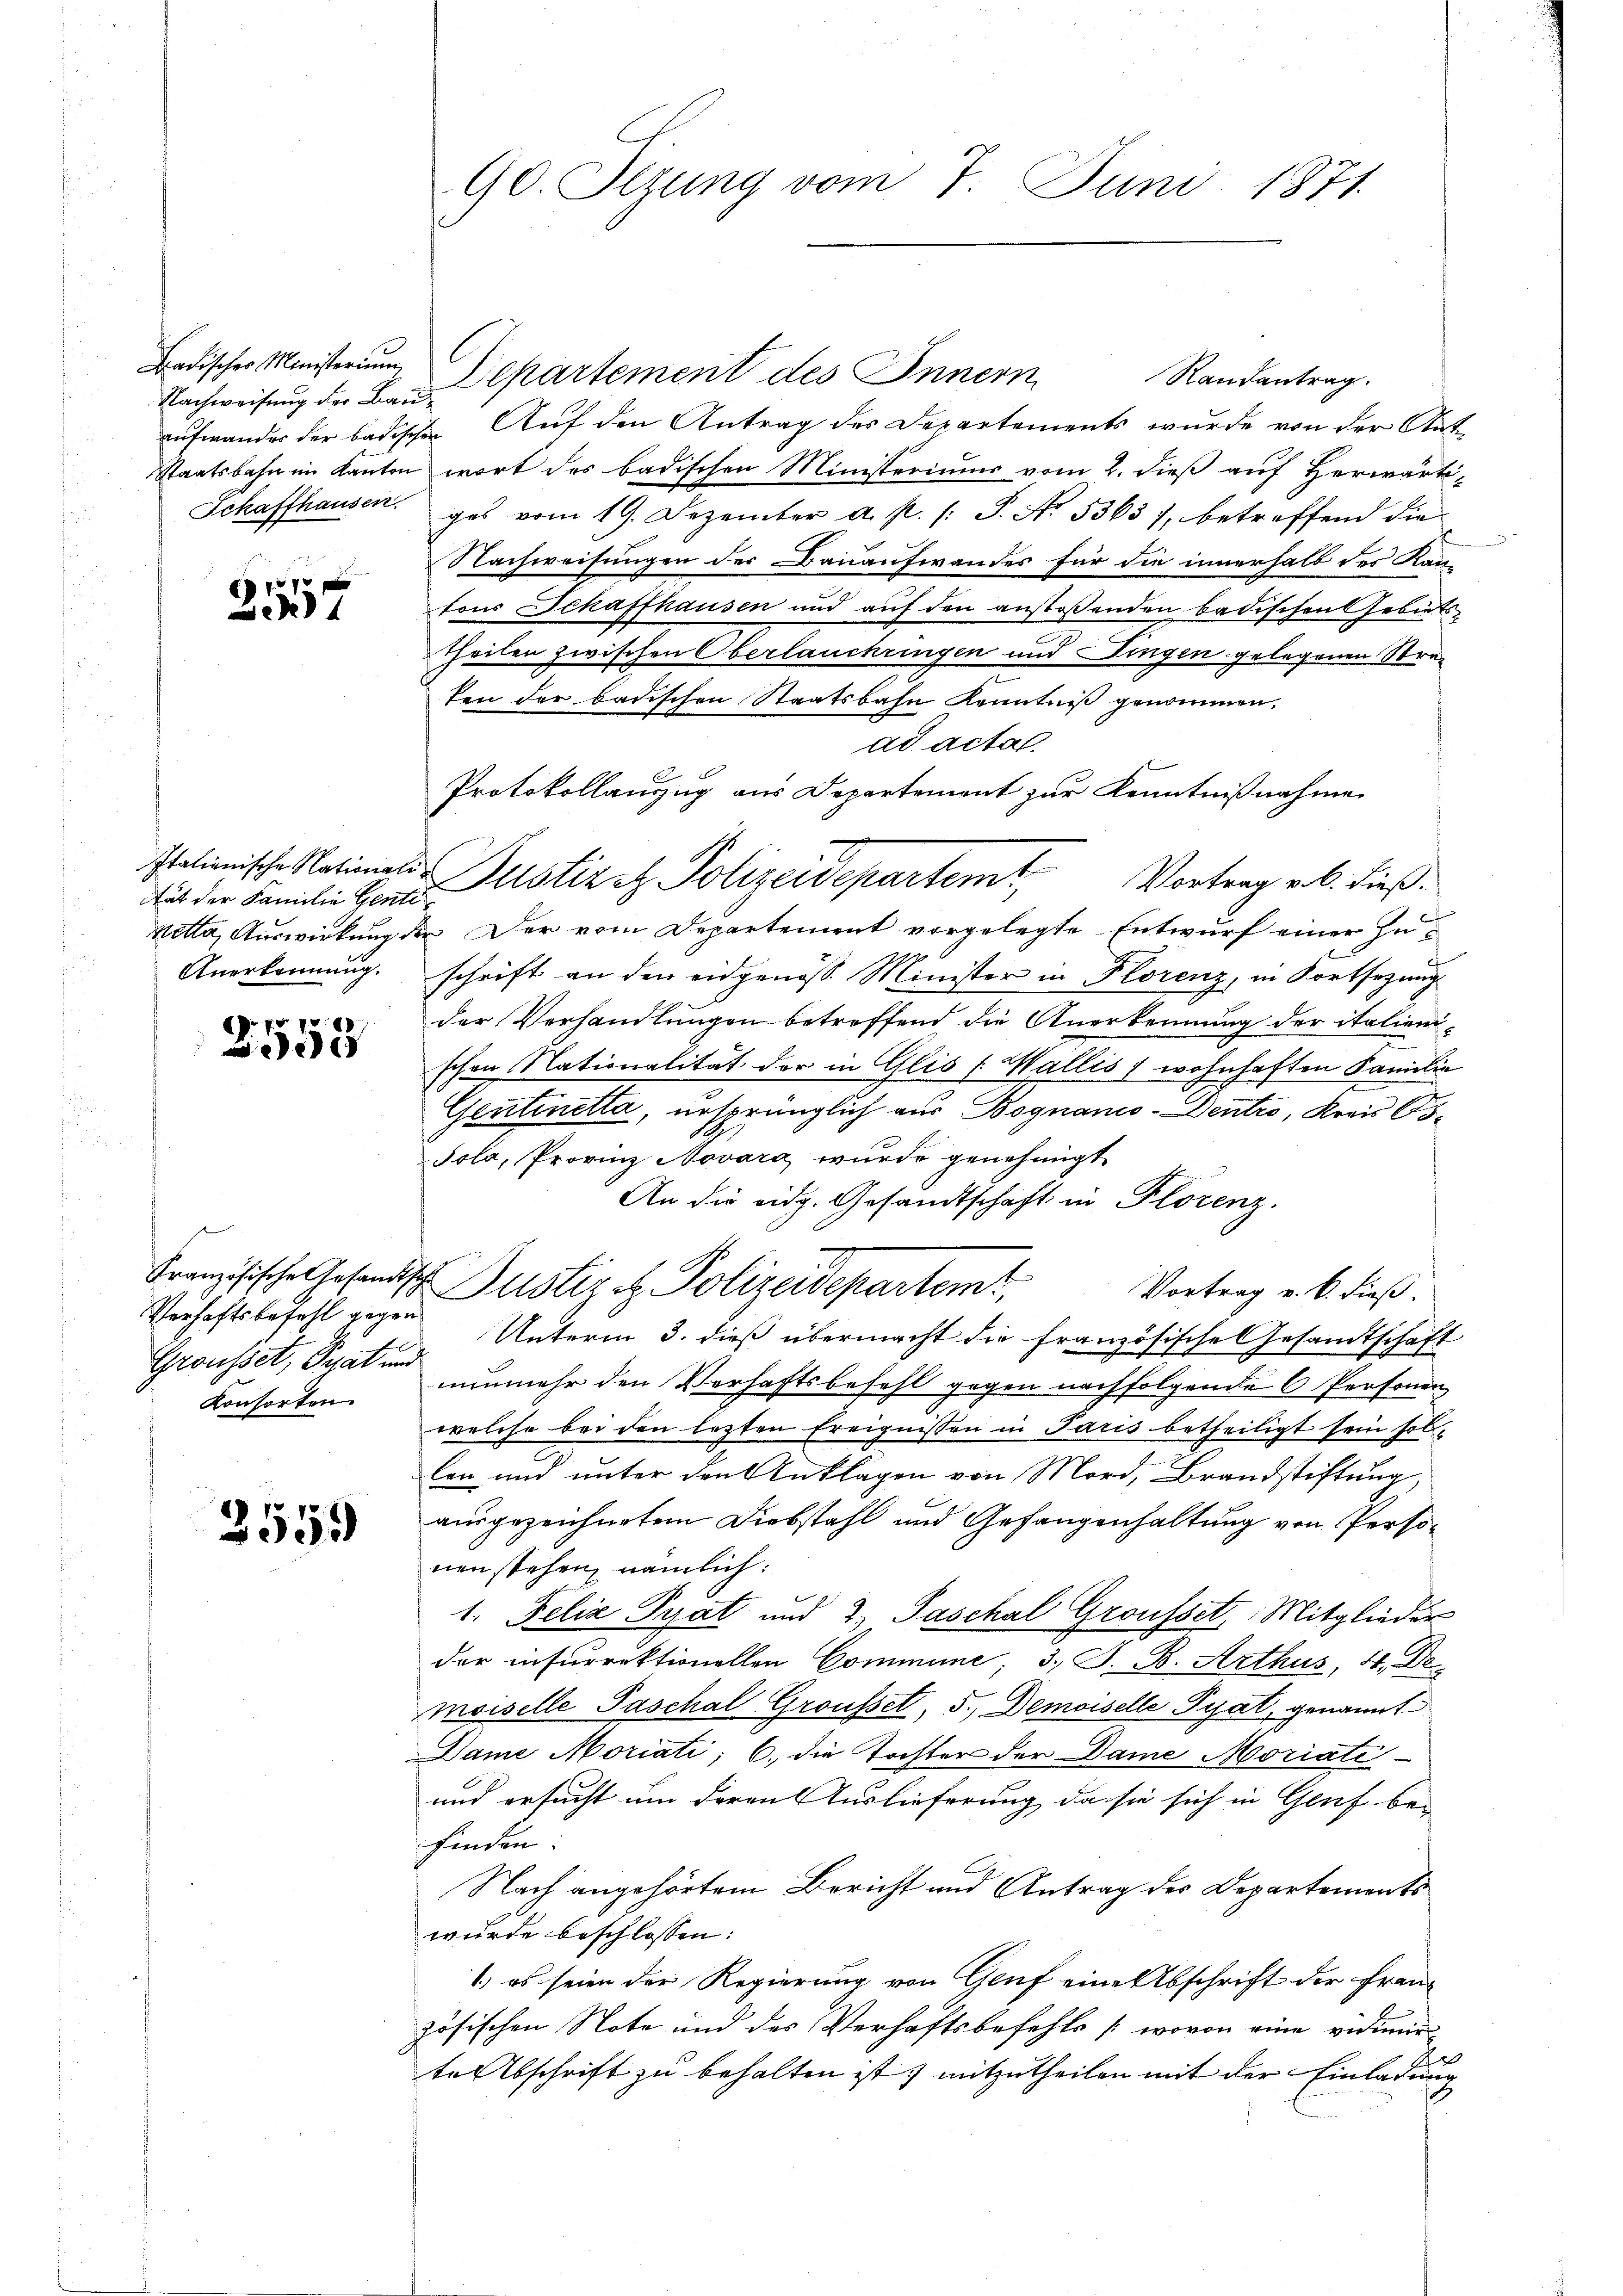
Nachweisung der Bau¬

v
231

Stät der Familie Genti

p. 701.
5

e
Verhaftsbefehl gegen
Grousset, Grat und
Konsorten

2559

90. Sezung vom 7. Juni 1871.

Badischer Ministerium Departement des Innern
Randantrag.
aufwander der badischen Auf den Antrag des Departements wurde von der Ant¬
Staatsbahn im Kanton wort des badischen Ministeriums vom 2. dieß auf Herwärti¬
Schaffhausen, ges vom 19. Dezember a. p. /: P. Nr. 53657, betreffend die
Nachweisungen der Bauaufwandes für die innerhalb des Kan-
fons Schaffhausen und auf den anstoßenden badischen Gebietstheilen zwischen Oberlauchringen und Fingen gelegenen Streten der badischen Staatsbahn Kenntniß genommen,
ad acta
Vortrag u. b. dieß.
netta, Auswirkung der Der vom Departement vorgelegte Entwurf einer Zu¬
Anerkennung. Schrift an den eidgenoss. Minister in Florenz, in Fortsezung
der Verhandlungen betreffend die Anerkennung der italien-
schen Nationalität der in Glis (Wallis 1 wohnhaften Familie
Gentinetta, ursprünglich aus Bognano-Dentro, Kreis Podola, Provinz Novara wurde genehmigt.
.
An die eidg. Gesandtschaft in Florenz.
Französische Gesandtsch Zustiz et. Polizeidepartem
Vortrag v. 6. dieß.
Unterm 3. dieß übermacht die französische Gesamtschaft
nunmehr den Verhaftsbefehl gegen nachfolgende 6 Personen
welche bei den lezten Ereignissen in Paris betheiligt sein sollen und unter den Anklagen von Mord, Brandstiftung,
ausgezeichnetem Diebstahl und Gefangenhaltung von Personenstehen, nämlich:
1. Felix Prat und 2, Paschal Groussetz, Mitglieder
der insurrektionellen Commune; 3. J. B. Arthus, 4. De
moiselle Paschal Grousset, 5. Demoiselle Pyat, genannt
Dame Moriati; 6. die Tochter der Dame Moriati-
und ersucht um deren Auslieferung, da sie sich in Genf be-
finden.
Nach angehörtem Bericht und Antrag der Departements
wurde beschlossen:
1) es seien der Regierung von Genf eine Abschrift der Fran-
zösischen Note und des Verhaftsbefehls (wovon eine vidimir
te Abschrift zu behalten ist mitzutheilen mit der Einladung

Protokollanzug aus Departement zur Kenntnißnahme
stationische Nationats Justiz et. Polizeidepartemt,